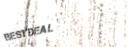
BeStDeAl